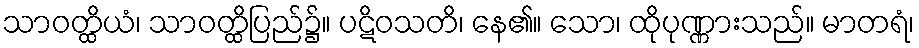
သာဝတ္ထိယံ၊ သာဝတ္ထိပြည်၌။ ပဋိဝသတိ၊ နေ၏။ သော၊ ထိုပုဏ္ဏားသည်။ မာတရံ၊